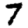
Digit: 7